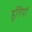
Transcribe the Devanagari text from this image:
हूतियों